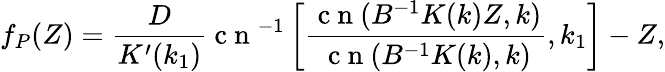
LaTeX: f_{P}(Z)=\frac{D}{K^{\prime}(k_{1})}\mathrm{~c~n~}^{-1}\left[\frac{\mathrm{~c~n~}(B^{-1}K(k)Z,k)}{\mathrm{~c~n~}(B^{-1}K(k),k)},k_{1}\right]-Z,